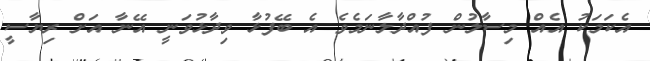
އެކަމަކު އެއް މިސާލުން ފުއްދާލާނަމެވެ އެ ބޭފުޅާ ވިދާޅުވަނީ އޭނާ އަށް ރިޔާސީ